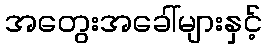
အတွေးအခေါ်များနှင့်